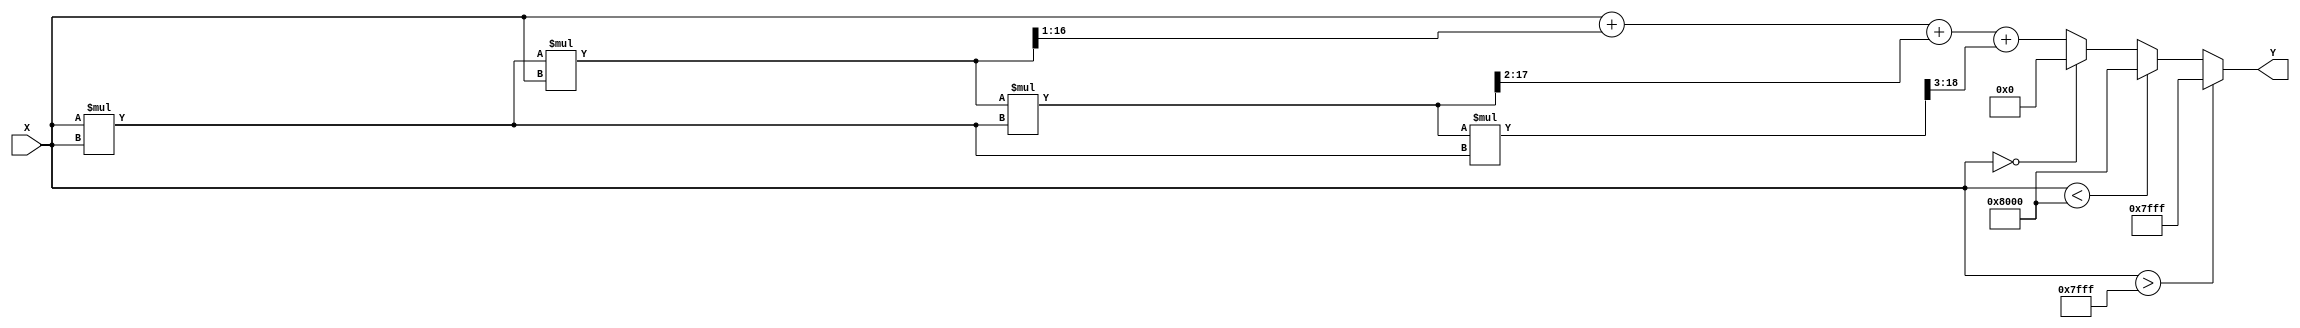
module atan_block (
    input signed [15:0] X, // Input: Q1.15 format
    output reg signed [15:0] Y // Output: Q1.15 format
);

    // Constants for the polynomial approximation
    parameter signed [15:0] C1 = 16'h0000; // Coefficient for x^1
    parameter signed [15:0] C3 = 16'h5555; // Coefficient for x^3 (1/3)
    parameter signed [15:0] C5 = 16'h1C71; // Coefficient for x^5 (1/5)
    parameter signed [15:0] C7 = 16'h0A3D; // Coefficient for x^7 (1/7)

    // Internal signals
    reg signed [31:0] x_squared; // To hold x^2
    reg signed [31:0] x_cubed; // To hold x^3
    reg signed [31:0] x_fifth; // To hold x^5
    reg signed [31:0] x_seventh; // To hold x^7

    always @(*) begin
        // Normalize input if outside [-1, 1]
        if (X > 16'h7FFF) begin
            Y = 16'h7FFF; // atan(+) = /2
        end else if (X < 16'h8000) begin
            Y = 16'h8000; // atan(-) = -/2
        end else if (X == 16'h0000) begin
            Y = 16'h0000; // atan(0) = 0
        end else begin
            // Calculate x^2, x^3, x^5, x^7
            x_squared = X * X;
            x_cubed = x_squared * X;
            x_fifth = x_cubed * x_squared;
            x_seventh = x_fifth * x_squared;

            // Polynomial approximation: atan(x)  x + (x^3)/3 + (x^5)/5 + (x^7)/7
            Y = X + (x_cubed >>> 1) + (x_fifth >>> 2) + (x_seventh >>> 3); // Right shift for division
        end
    end

endmodule